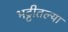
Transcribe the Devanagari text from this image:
भट्टीतल्या